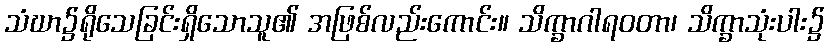
သံဃာ၌ရိုသေခြင်းရှိသောသူ၏ အဖြစ်လည်းကောင်း။ သိက္ခာဂါရဝတာ၊ သိက္ခာသုံးပါး၌